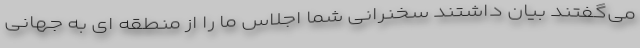
می‌گفتند بیان داشتند سخنرانی شما اجلاس ما را از منطقه ای به جهانی